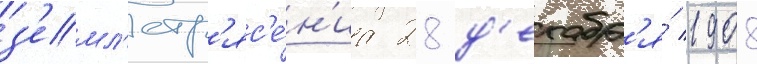
з'емл'етр'яс'е́н'иа 28 д'екабр'я́ 1908